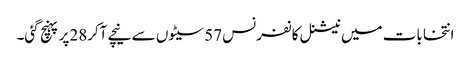
انتخابات میں نیشنل کانفرنس 57سیٹوں سے نیچے آکر28پر پہنچ گئی۔